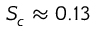
S _ { c } \approx 0 . 1 3